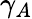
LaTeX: \gamma_{A}